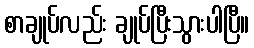
စာချုပ်လည်း ချုပ်ပြီးသွားပါပြီ။